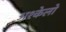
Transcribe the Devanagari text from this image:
अश्केलो